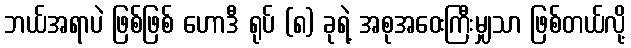
ဘယ်အရာပဲ ဖြစ်ဖြစ် ဟောဒီ ရုပ် (၈) ခုရဲ့ အစုအဝေးကြီးမျှသာ ဖြစ်တယ်လို့